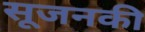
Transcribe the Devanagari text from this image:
सूजनकी